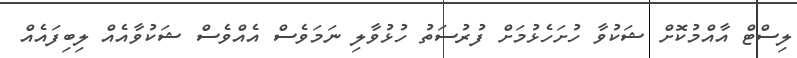
ލިސްޓް އާއްމުކޮށް ޝަކުވާ ހުށަހެޅުމަށް ފުރުސަތު ހުޅުވާލި ނަމަވެސް އެއްވެސް ޝަކުވާއެއް ލިބިފައެއް